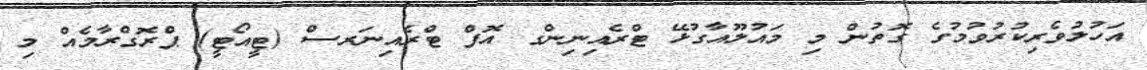
އަހުލުވެރިކުރުވުމުގެ ގޮތުން މި މައުލޫއާގުޅޭ ޓްރެއިނިންގ އޮފް ޓްރެއިނަރސް (ޓީއޯޓީ) ޕްރޮގްރާމެއް މި